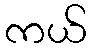
ကယ်